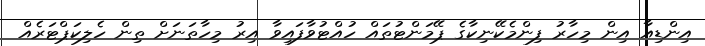
އިންޑިއާ އިން މިހާރު ފިންމެކޭނިކާގެ ޕޭމަންޓުތައް ހުއްޓުވާފައިވާ އިރު މިހާތަނަށް ތިން ހެލިކަޕްޓަރެއް